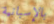
بالإسبانية